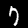
Label: 7